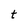
Character: t